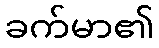
ခက်မာ၏